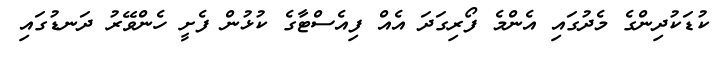
ކުޑަކުދިންގެ މެދުގައި އެންމެ ފޯރިގަދަ އެއް ފިއެސްޓާގެ ކުޅުން ފެށީ ހެންވޭރު ދަނޑުގައި